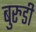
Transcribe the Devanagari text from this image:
बुरुडी